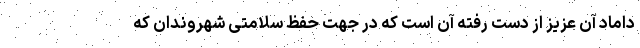
داماد آن عزیز از دست رفته آن است که در جهت حفظ سلامتی شهروندان که